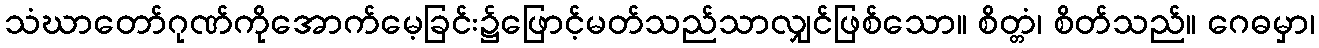
သံဃာတော်ဂုဏ်ကိုအောက်မေ့ခြင်း၌ဖြောင့်မတ်သည်သာလျှင်ဖြစ်သော။ စိတ္တံ၊ စိတ်သည်။ ဂေဓမှာ၊